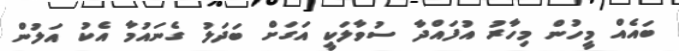
ބައެއް މީހުން މިހާރު އުފައްދާ ސުވާލަކީ އަގަށް ބަދަލު ގެނައުމާ އެކު އަލުން